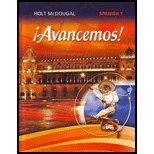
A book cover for ?Avancemos!: Student Edition Level 1 2013 (Spanish Edition); HOLT MCDOUGAL; Teen & Young Adult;